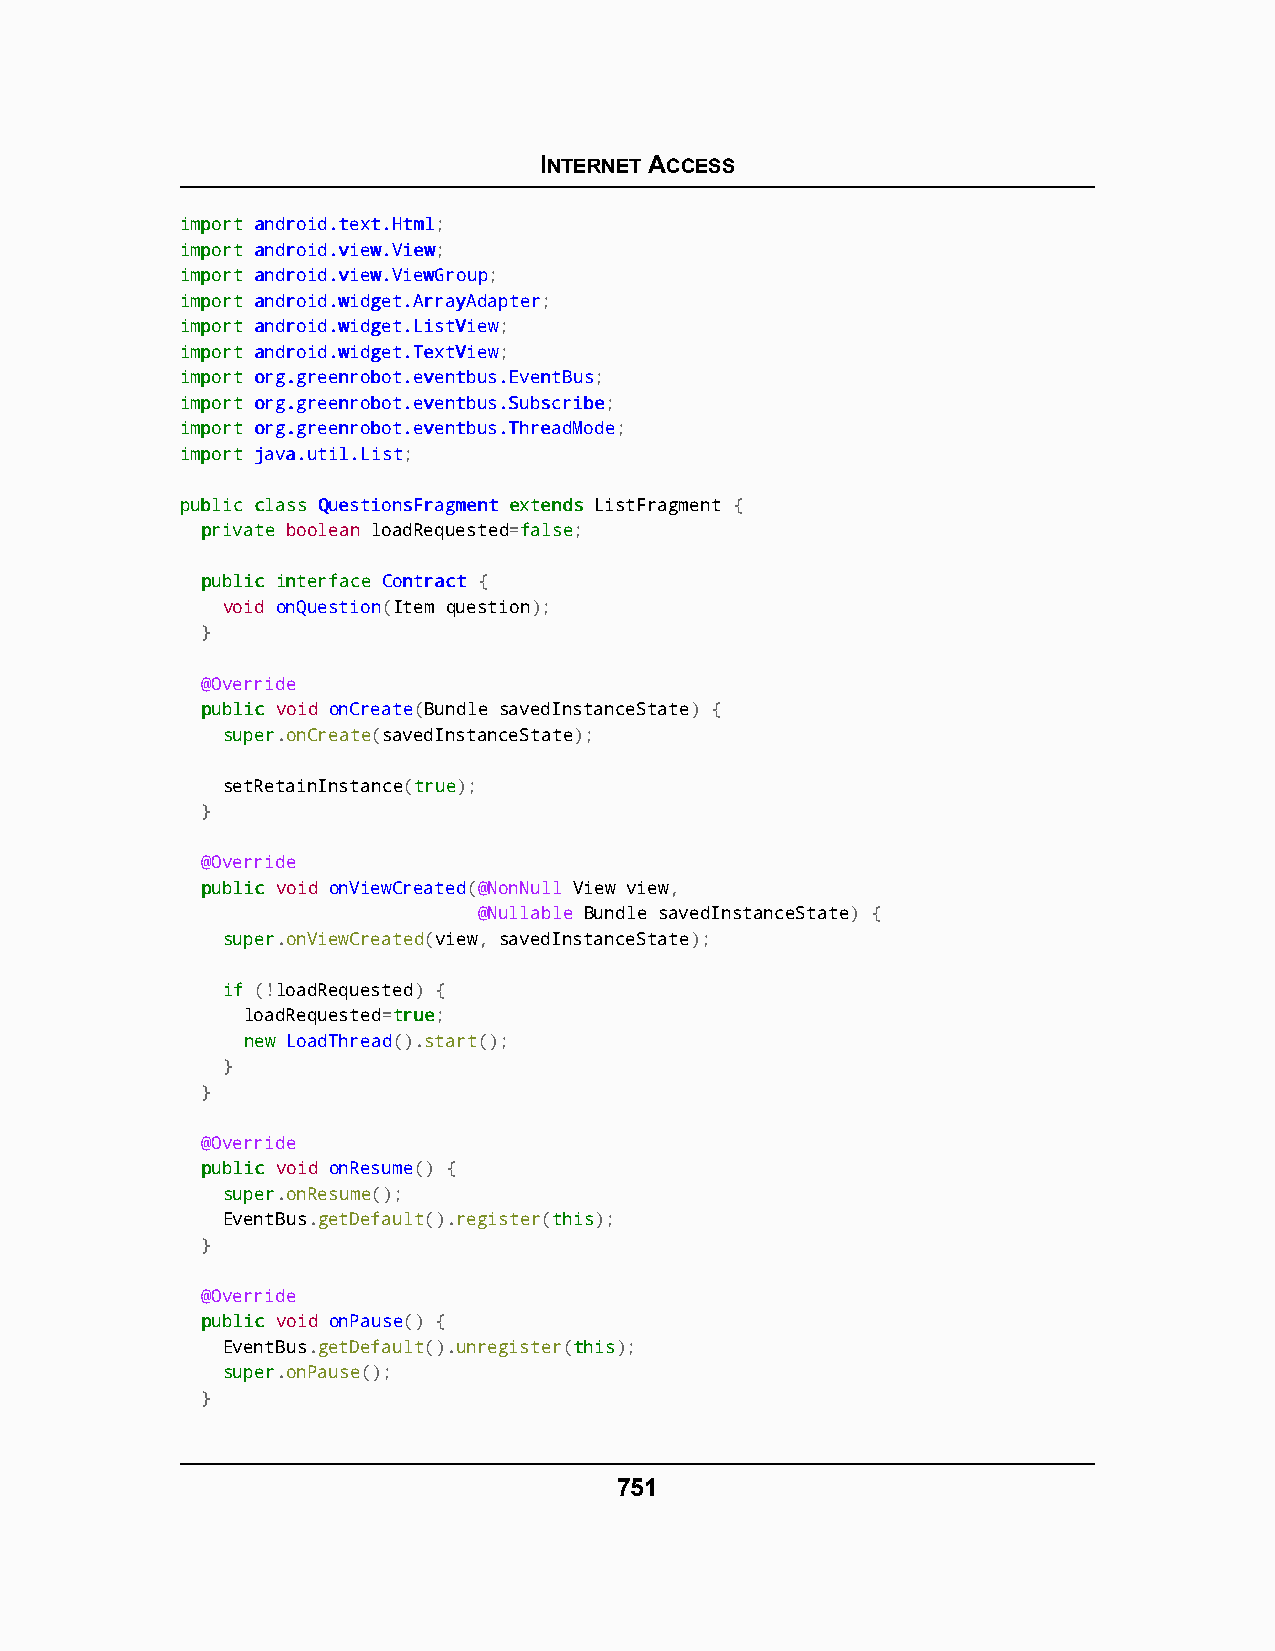
INTERNET ACCESS
 iimmppoorrtt aannddrrooiidd..tteexxtt..HHttmmll;
 iimmppoorrtt aannddrrooiidd..vviieeww..VViieeww;
 iimmppoorrtt aannddrrooiidd..vviieeww..VViieewwGGrroouupp;
 iimmppoorrtt aannddrrooiidd..wwiiddggeett..AArrrraayyAAddaapptteerr;
 iimmppoorrtt aannddrrooiidd..wwiiddggeett..LLiissttVViieeww;
 iimmppoorrtt aannddrrooiidd..wwiiddggeett..TTeexxttVViieeww;
 iimmppoorrtt oorrgg..ggrreeeennrroobboott..eevveennttbbuuss..EEvveennttBBuuss;
 iimmppoorrtt oorrgg..ggrreeeennrroobboott..eevveennttbbuuss..SSuubbssccrriibbee;
 iimmppoorrtt oorrgg..ggrreeeennrroobboott..eevveennttbbuuss..TThhrreeaaddMMooddee;
 iimmppoorrtt jjaavvaa..uuttiill..LLiisstt;
 ppuubblliicc ccllaassss QQuueessttiioonnssFFrraaggmmeenntt eexxtteennddss ListFragment {
 pprriivvaattee boolean loadRequested=ffaallssee;
 ppuubblliicc iinntteerrffaaccee CCoonnttrraacctt {
 void onQuestion(Item question);
 }
 @Override
 ppuubblliicc void onCreate(Bundle savedInstanceState) {
 ssuuppeerr.onCreate(savedInstanceState);
 setRetainInstance(ttrruuee);
 }
 @Override
 ppuubblliicc void onViewCreated(@NonNull View view,
 @Nullable Bundle savedInstanceState) {
 ssuuppeerr.onViewCreated(view, savedInstanceState);
 iiff (!loadRequested) {
 loadRequested=ttrruuee;
 nneeww LoadThread().start();
 }
 }
 @Override
 ppuubblliicc void onResume() {
 ssuuppeerr.onResume();
 EventBus.getDefault().register(tthhiiss);
 }
 @Override
 ppuubblliicc void onPause() {
 EventBus.getDefault().unregister(tthhiiss);
 ssuuppeerr.onPause();
 }
 751